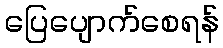
ပြေပျောက်စေရန်